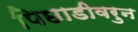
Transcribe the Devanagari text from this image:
पिछाडीवरुन